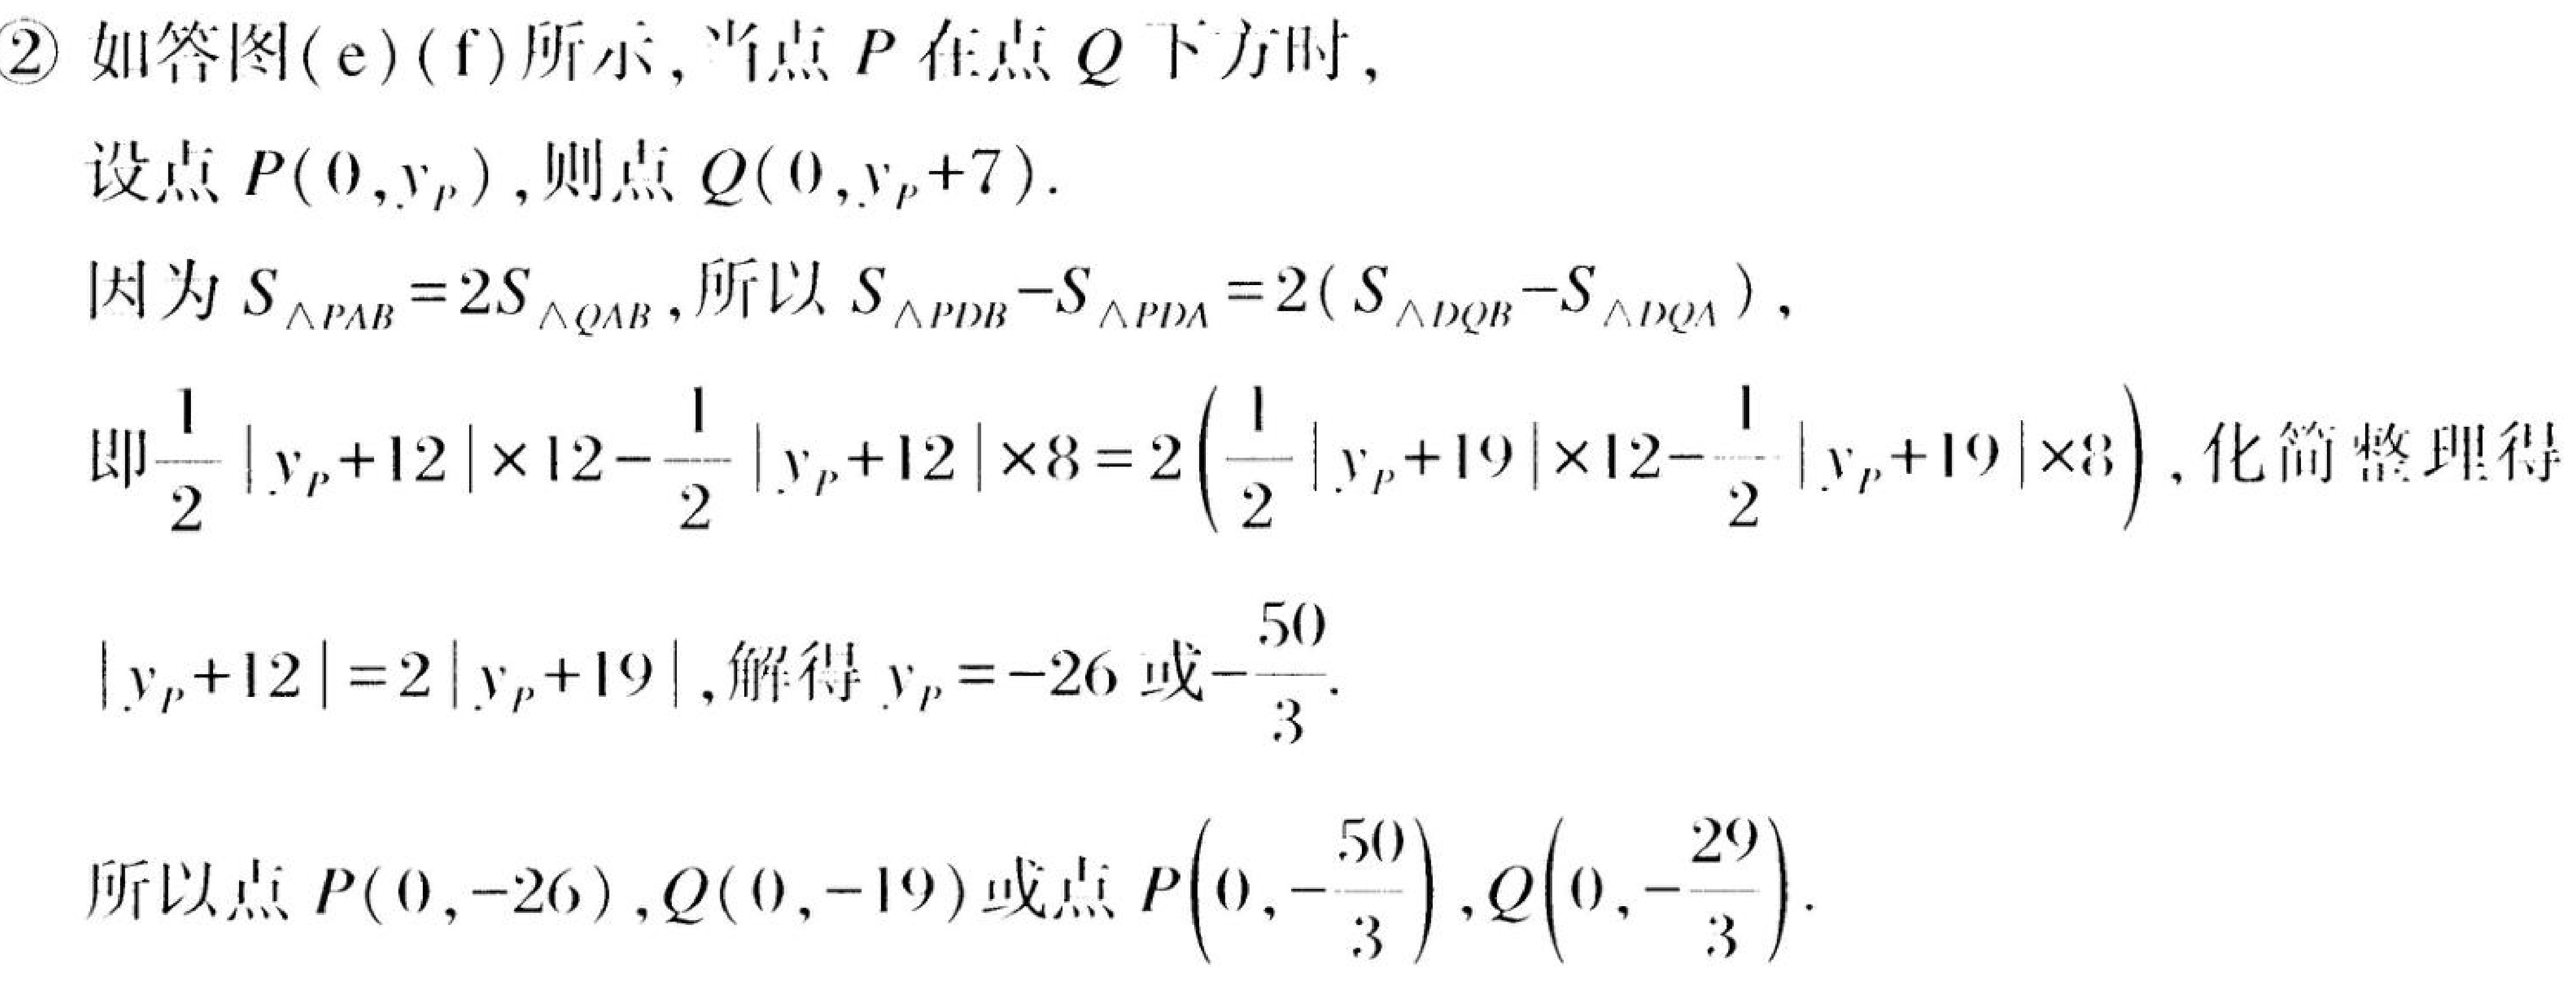
\textcircled{2} 如答图(e)(f)所示，当点 \(P\) 在点 \(Q\) 下方时，
设点 \(P(0,y_{P})\)，则点 \(Q(0,y_{P}+7)\).
因为 \(S_{\triangle PAB}=2S_{\triangle QAB}\)，所以 \(S_{\triangle PDB}-S_{\triangle PDA}=2(S_{\triangle DQB}-S_{\triangle DQA})\)，
即\(\frac{1}{2}|y_{P}+12|\times12 - \frac{1}{2}|y_{P}+12|\times8 = 2\left(\frac{1}{2}|y_{P}+19|\times12 - \frac{1}{2}|y_{P}+19|\times8\right)\)，化简整理得
\(|y_{P}+12| = 2|y_{P}+19|\)，解得 \(y_{P}=-26\) 或\(-\frac{50}{3}\).
所以点 \(P(0,-26)\)，\(Q(0,-19)\) 或点 \(P\left(0,-\frac{50}{3}\right)\)，\(Q\left(0,-\frac{29}{3}\right)\).